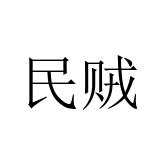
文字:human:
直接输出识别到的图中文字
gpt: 民贼